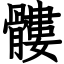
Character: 髏